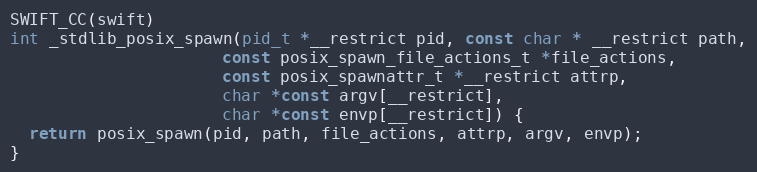
Language: C
SWIFT_CC(swift)
int _stdlib_posix_spawn(pid_t *__restrict pid, const char * __restrict path,
                      const posix_spawn_file_actions_t *file_actions,
                      const posix_spawnattr_t *__restrict attrp,
                      char *const argv[__restrict],
                      char *const envp[__restrict]) {
  return posix_spawn(pid, path, file_actions, attrp, argv, envp);
}